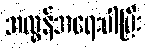
အလွန်အရေးပါပြီး